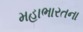
મહાભારતના